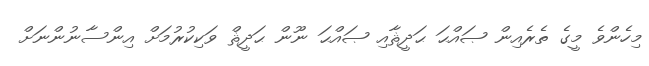
މިހެންވެ މީގެ ތެރެއިން ޞައްޙަ ޙަދީޘާއި ޞައްޙަ ނޫން ޙަދީޘް ވަކިކުރުމަށް އިންސާނުންނަށް